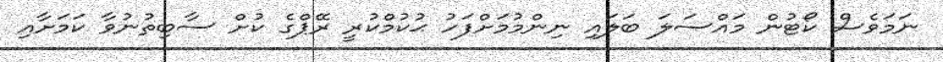
ނަމަވެސް ކޯޓުން މައްސަލަ ބަލައި ނިންމުމަށްފަހު ޙުކުމްކުރީ ރޭޕްގެ ކުށް ސާބިތުނުވާ ކަމަށާއި